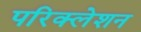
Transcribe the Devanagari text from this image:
परिक्लेशन